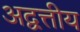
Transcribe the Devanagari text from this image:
अद्वत्तीय